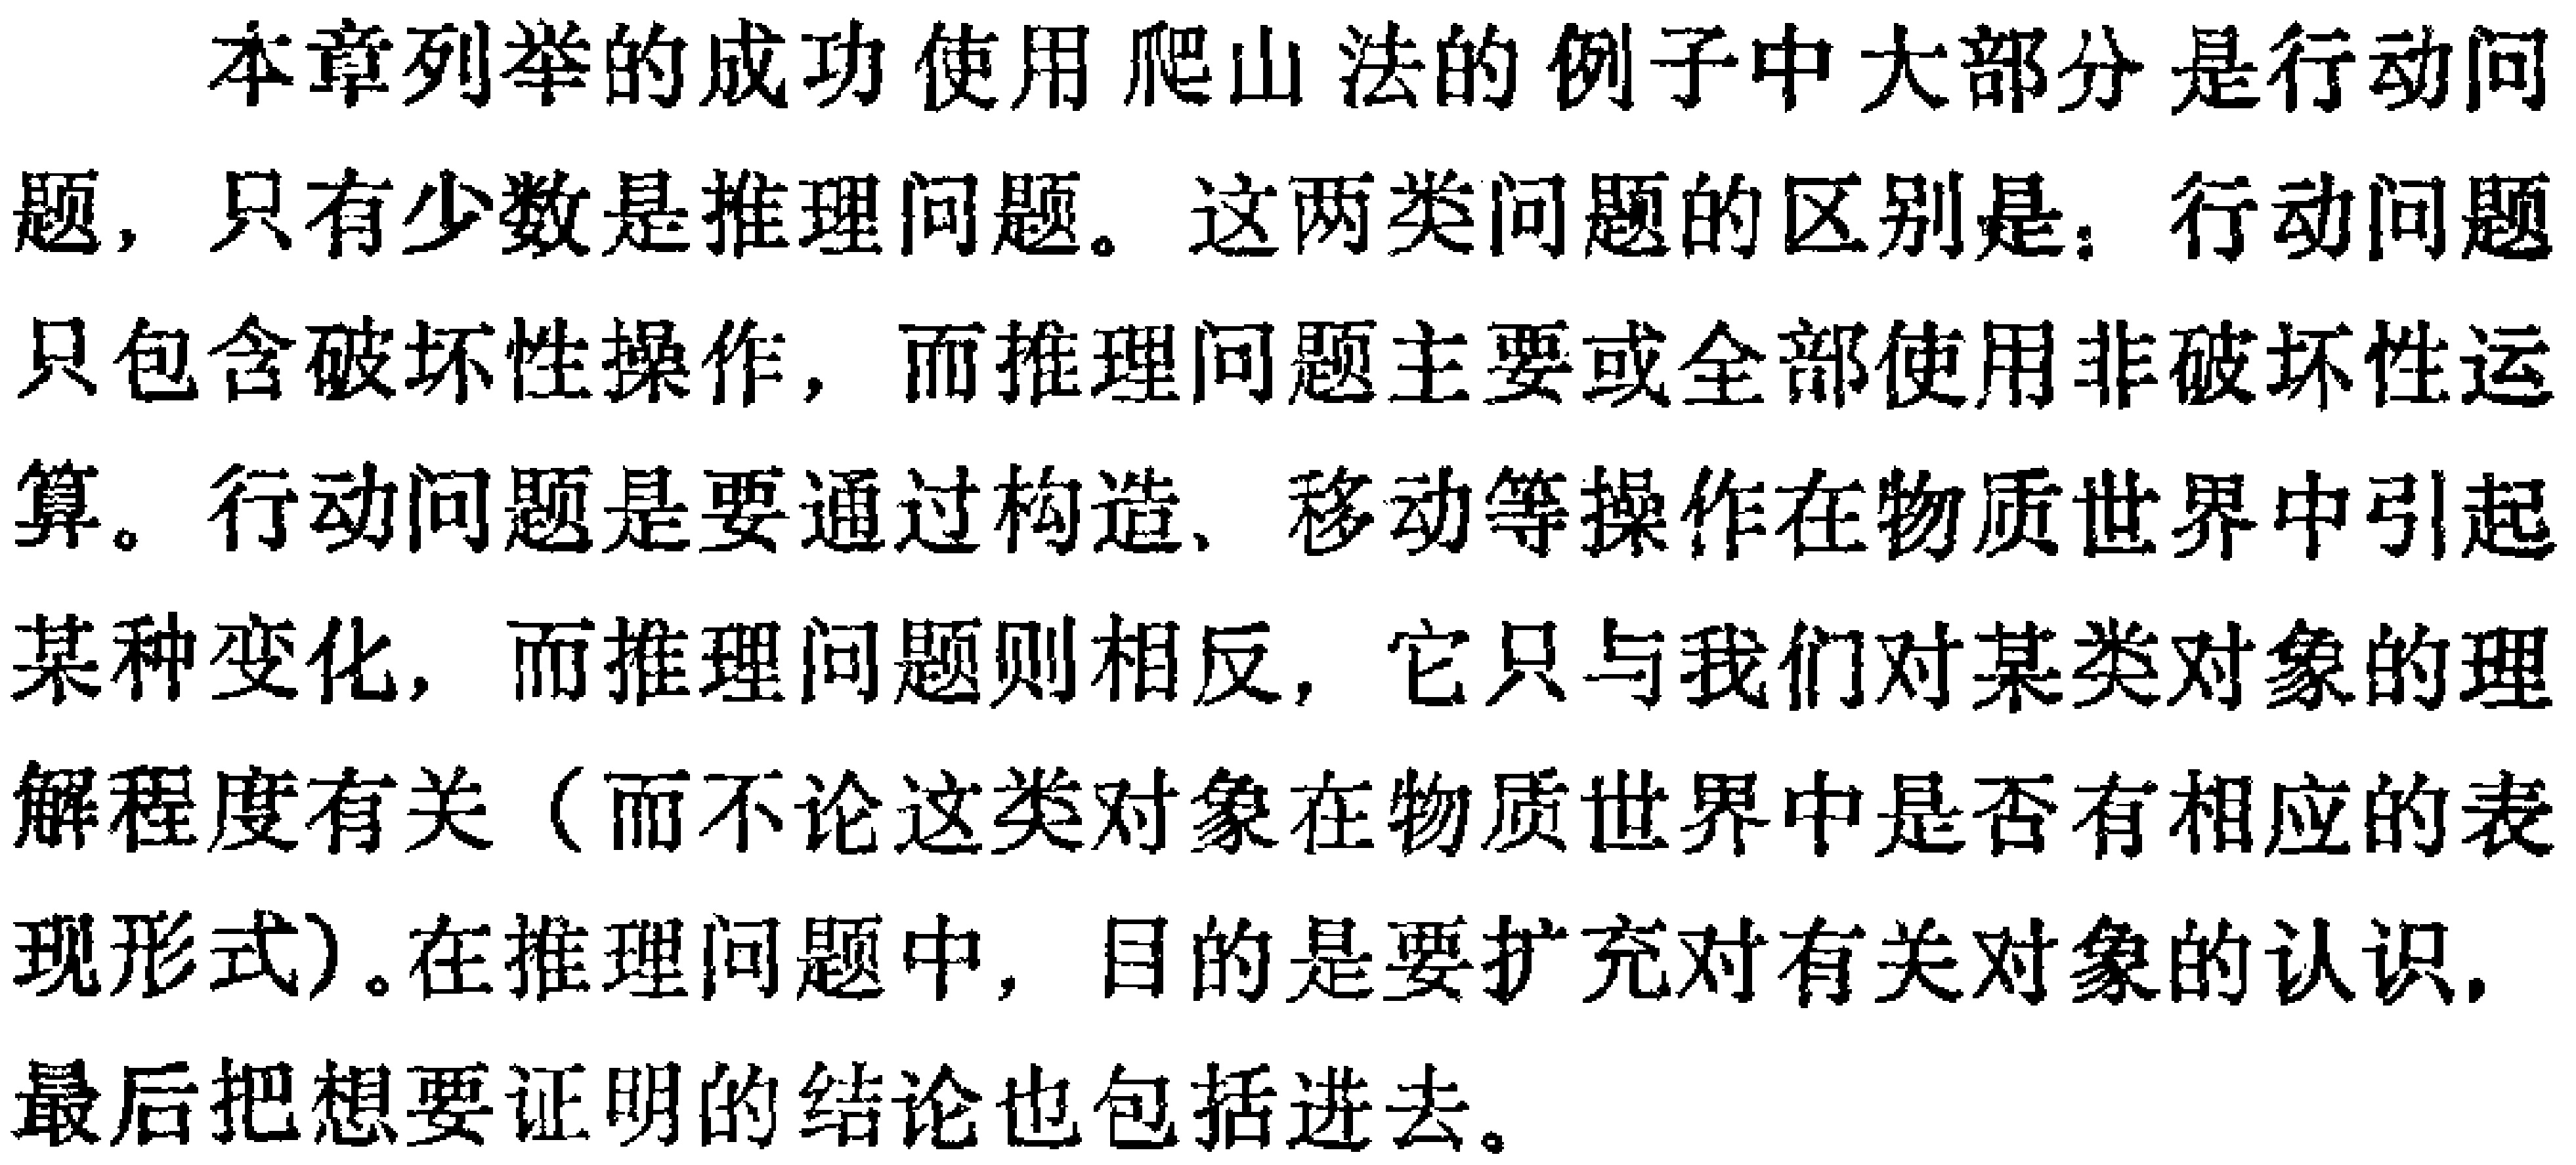
本章列举的成功使用爬山法的例子中大部分是行动问题，只有少数是推理问题。这两类问题的区别是：行动问题只包含破坏性操作，而推理问题主要或全部使用非破坏性运算。行动问题是要通过构造、移动等操作在物质世界中引起某种变化，而推理问题则相反，它只与我们对某类对象的理解程度有关（而不论这类对象在物质世界中是否有相应的表现形式)。在推理问题中，目的是要扩充对有关对象的认识，最后把想要证明的结论也包括进去。